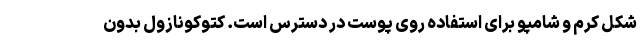
شکل کرم و شامپو برای استفاده روی پوست در دسترس است. کتوکونازول بدون